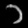
Digit: ၁